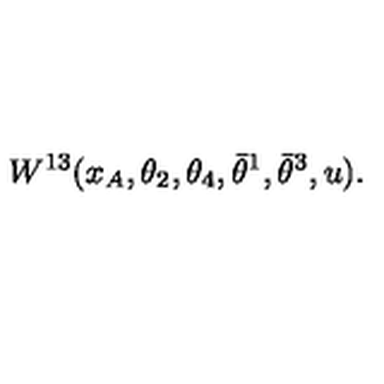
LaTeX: W ^ { 1 3 } ( x _ { A } , \theta _ { 2 } , \theta _ { 4 } , \bar { \theta } ^ { 1 } , \bar { \theta } ^ { 3 } , u ) .